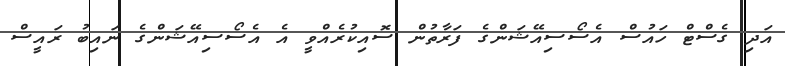
އަދި ގެސްޓް ހައުސް އެސޯސިއޭޝަންގެ ފަރާތުން ސޮއިކުރެއްވީ އެ އެސޯސިއޭޝަންގެ ނައިބު ރައީސް